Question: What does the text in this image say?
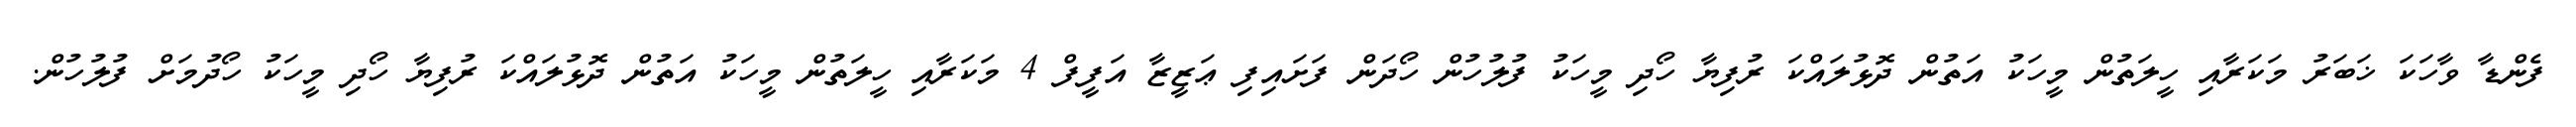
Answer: ފެންޑާ ވާހަކަ ޚަބަރު މަކަރާއި ހީލަތުން މީހަކު އަތުން ދޮޅުލައްކަ ރުފިޔާ ހޯދި މީހަކު ފުލުހުން ހޯދަން ފަށައިފި ޢަޒީޒާ އަފީފް 4 މަކަރާއި ހީލަތުން މީހަކު އަތުން ދޮޅުލައްކަ ރުފިޔާ ހޯދި މީހަކު ހޯދުމަށް ފުލުހުން.